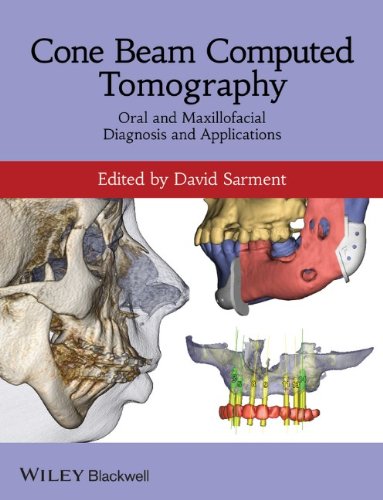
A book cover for Cone Beam Computed Tomography: Oral and Maxillofacial Diagnosis and Applications; Medical Books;